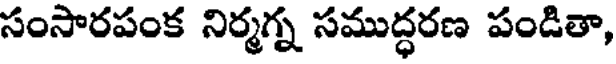
సంసారపంక నిర్మగ్న సముద్ధరణ పండితా,